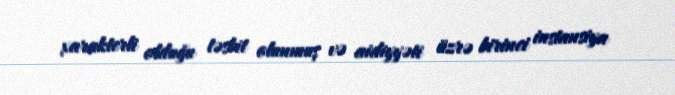
xarakterli olduğu təsbit olunmuş və aidiyyəti üzrə birinci instansiya